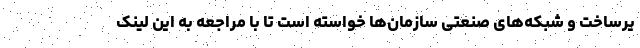
یرساخت و شبکه‌های صنعتی سازمان‌ها خواسته است تا با مراجعه به این لینک